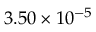
3 . 5 0 \times 1 0 ^ { - 5 }